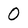
Character: 0